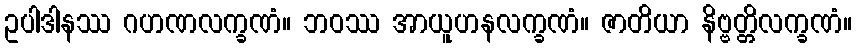
ဥပါဒါနဿ ဂဟဏလက္ခဏံ။ ဘဝဿ အာယူဟနလက္ခဏံ။ ဇာတိယာ နိဗ္ဗတ္တိလက္ခဏံ။